Vaccine operations Central Provinces 1868-1885 - 1868-1885
Year: 1868
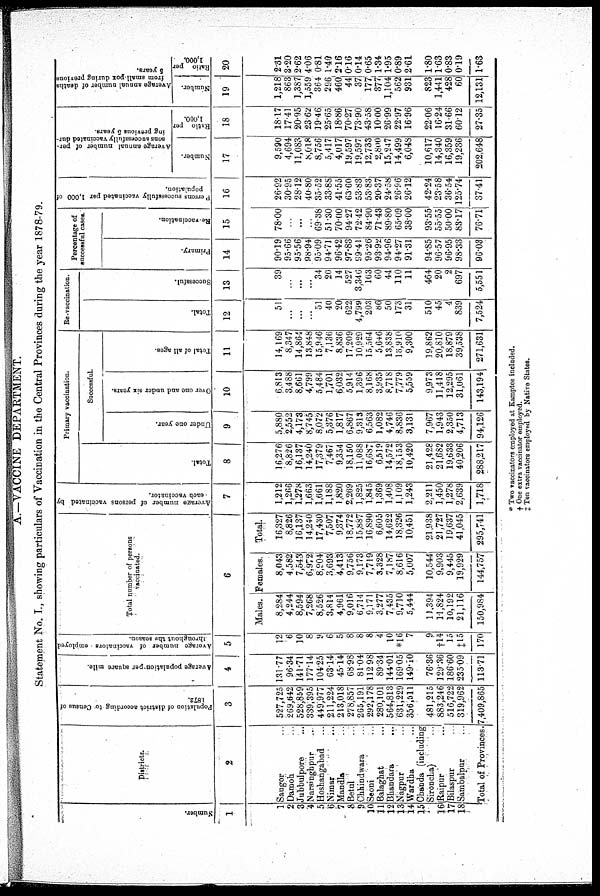
A.—VACCINE DEPARTMENT.
Statement No. I., showing particulars of Vaccination in the Central Provinces during the year 1878-79.
Number.
1
1
2
3
4
5
6
7
8
9
10
11
12
13
14
15
16
17
18
Districts.
2
Saugor ...
Damoh
...
Jubbulpore ...
Narsinghpur ...
Hoshangabad ...
Nimar ...
Mandla ...
Betul ...
Chhindwara ...
Seoni ...
Balaghat ...
Bhandara ...
Nagpur ...
Wardha ...
Chanda (including
Sironcha)
...
Raipur ...
Bilaspur ...
Sambalpur ...
Total of Provinces.
Population of district according to Census of
1872.
3
527,725
269,642
528,859
339,395
449,977
211,224
213,018
278,857
265,191
292,178
280,101
564,813
631,229
356,511
481,215
883,246
516,722
319,962
7,409,865
Average population per square mile.
4
131.77
96.34
141.71
177.14
104.25
63.14
45.14
68.98
81.04
112.98
89.34
144.01
169.05
149.10
76.36
129.36
186.60
235.09
113.71
Average number of vaccinators employed
throughout the season.
5
12
6
10
8
9
6
5
8
8
8
4
10
*16
7
9
†14
15
‡15
170
Total
number of persons
vaccinated.
6
Males.
8,284
4,244
8,594
7,268
8,526
3,814
4,961
9,016
6,714
9,171
3,277
7,435
9,710
5,444
11,394
11,824
10,192
21,116
150,984
Females.
8,043
4,582
7,543
6,972
8,904
3,693
4,413
9,756
9,173
7,719
3,328
7,187
8,616
5,007
10,544
9,903
9,445
19,929
144,757
Total.
16,327
8,826
16,137
14,240
17,430
7,507
9,374
18,772
15,887
16,890
6,605
14,622
18,326
10,451
21,938
21,727
19,637
41,045
295,741
Average number of persons vaccinated by
each vaccinator.
7
1,212
1,266
1,278
1,663
1,661
1,188
1,820
2,269
1,825
1,845
1,369
1,408
1,109
1,243
2,211
1,450
1,278
2,639
1,718
Primary vaccination.
Total.
8
16,276
8,826
16,137
14,240
17,379
7,467
9,354
18,150
11,088
16,687
6,519
14,572
18,153
10,420
21,428
21,682
19,633
40,206
288,217
Successful.
Under one year.
9
5,880
2,552
4,173
8,745
8,072
5,376
1,817
6,867
9,313
6,563
1,082
4,746
8,836
3,131
7,967
1,943
2,350
4,713
94,126
Over one and under six years.
10
6,813
3,488
8,661
4,799
5,484
1,701
6,032
5,914
1,396
8,168
3,935
8,718
7,779
5,559
9,973
11,418
12,295
31,061
143,194
Total of all ages.
11
14,169
8,347
14,864
13,848
15,946
7,136
8,836
17,209
10,929
15,564
5,646
13,838
16,910
9,300
19,862
20,810
18,879
39,538
271,631
Re-vaccination.
Total.
12
51
...
...
...
51
40
20
622
4,799
203
86
50
173
31
510
45
4
839
7,524
Successful.
13
39
...
...
...
34
20
14
527
3,346
163
60
44
110
11
464
20
2
697
5,551
Percentage of
successful cases.
Primary.
14
90.19
95.66
95.56
98.94
95.09
94.71
96.42
97.83
99.41
95.26
93.92
94.96
94.27
91.31
94.85
96.57
96.95
98.33
96.03
Re-vaccination.
15
78.00
...
...
...
69.38
51.30
70.00
94.27
72.42
84.90
71.43
89.80
65.09
38.00
93.55
55.55
50.00
83.17
76.71
Persons successfully vaccinated per 1,000 of
population.
16
26.92
30.95
28.12
40.80
35.52
33.88
41.55
63.60
53.83
53.83
20.37
24.58
26.96
26.12
42.24
23.58
36.54
125.74
37.41
Average annual number of per-
sons successfully vaccinated dur-
ing previous 5 years.
Number.
17
9,590
4,694
11,083
8,018
8,756
5,417
4,017
19,597
19,597
12,733
2,800
15,247
14,499
6,048
10,617
14,340
16,359
19,236
202,648
Ratio per
1,000.
18
18.17
17.41
20.95
23.62
19.46
25.65
18.86
70.27
73.90
43.58
10.00
26.99
22.97
16.96
22.06
16.24
31.66
60.12
27.35
Average annual number of deaths
from small-pox during previous
5 years.
Number.
19
1,218
863
1,387
1,559
364
296
460
44
37
177
377
1,104
562
931
823
1,441
428
60
12,131
Ratio per
1,000.
20
2.31
3.20
2.62
4.06
0.81
1.40
2.16
0.16
0.14
0.65
1.34
1.95
0.89
2.61
1.80
1.63
0.83
0.19
1.63
* Two vaccinators employed at Kamptee included.
† One extra vaccinator employed.
‡ Ten vaccinators employed by Native States.